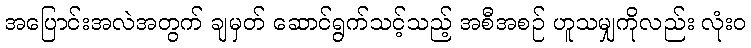
အပြောင်းအလဲအတွက် ချမှတ် ဆောင်ရွက်သင့်သည့် အစီအစဉ် ဟူသမျှကိုလည်း လုံးဝ